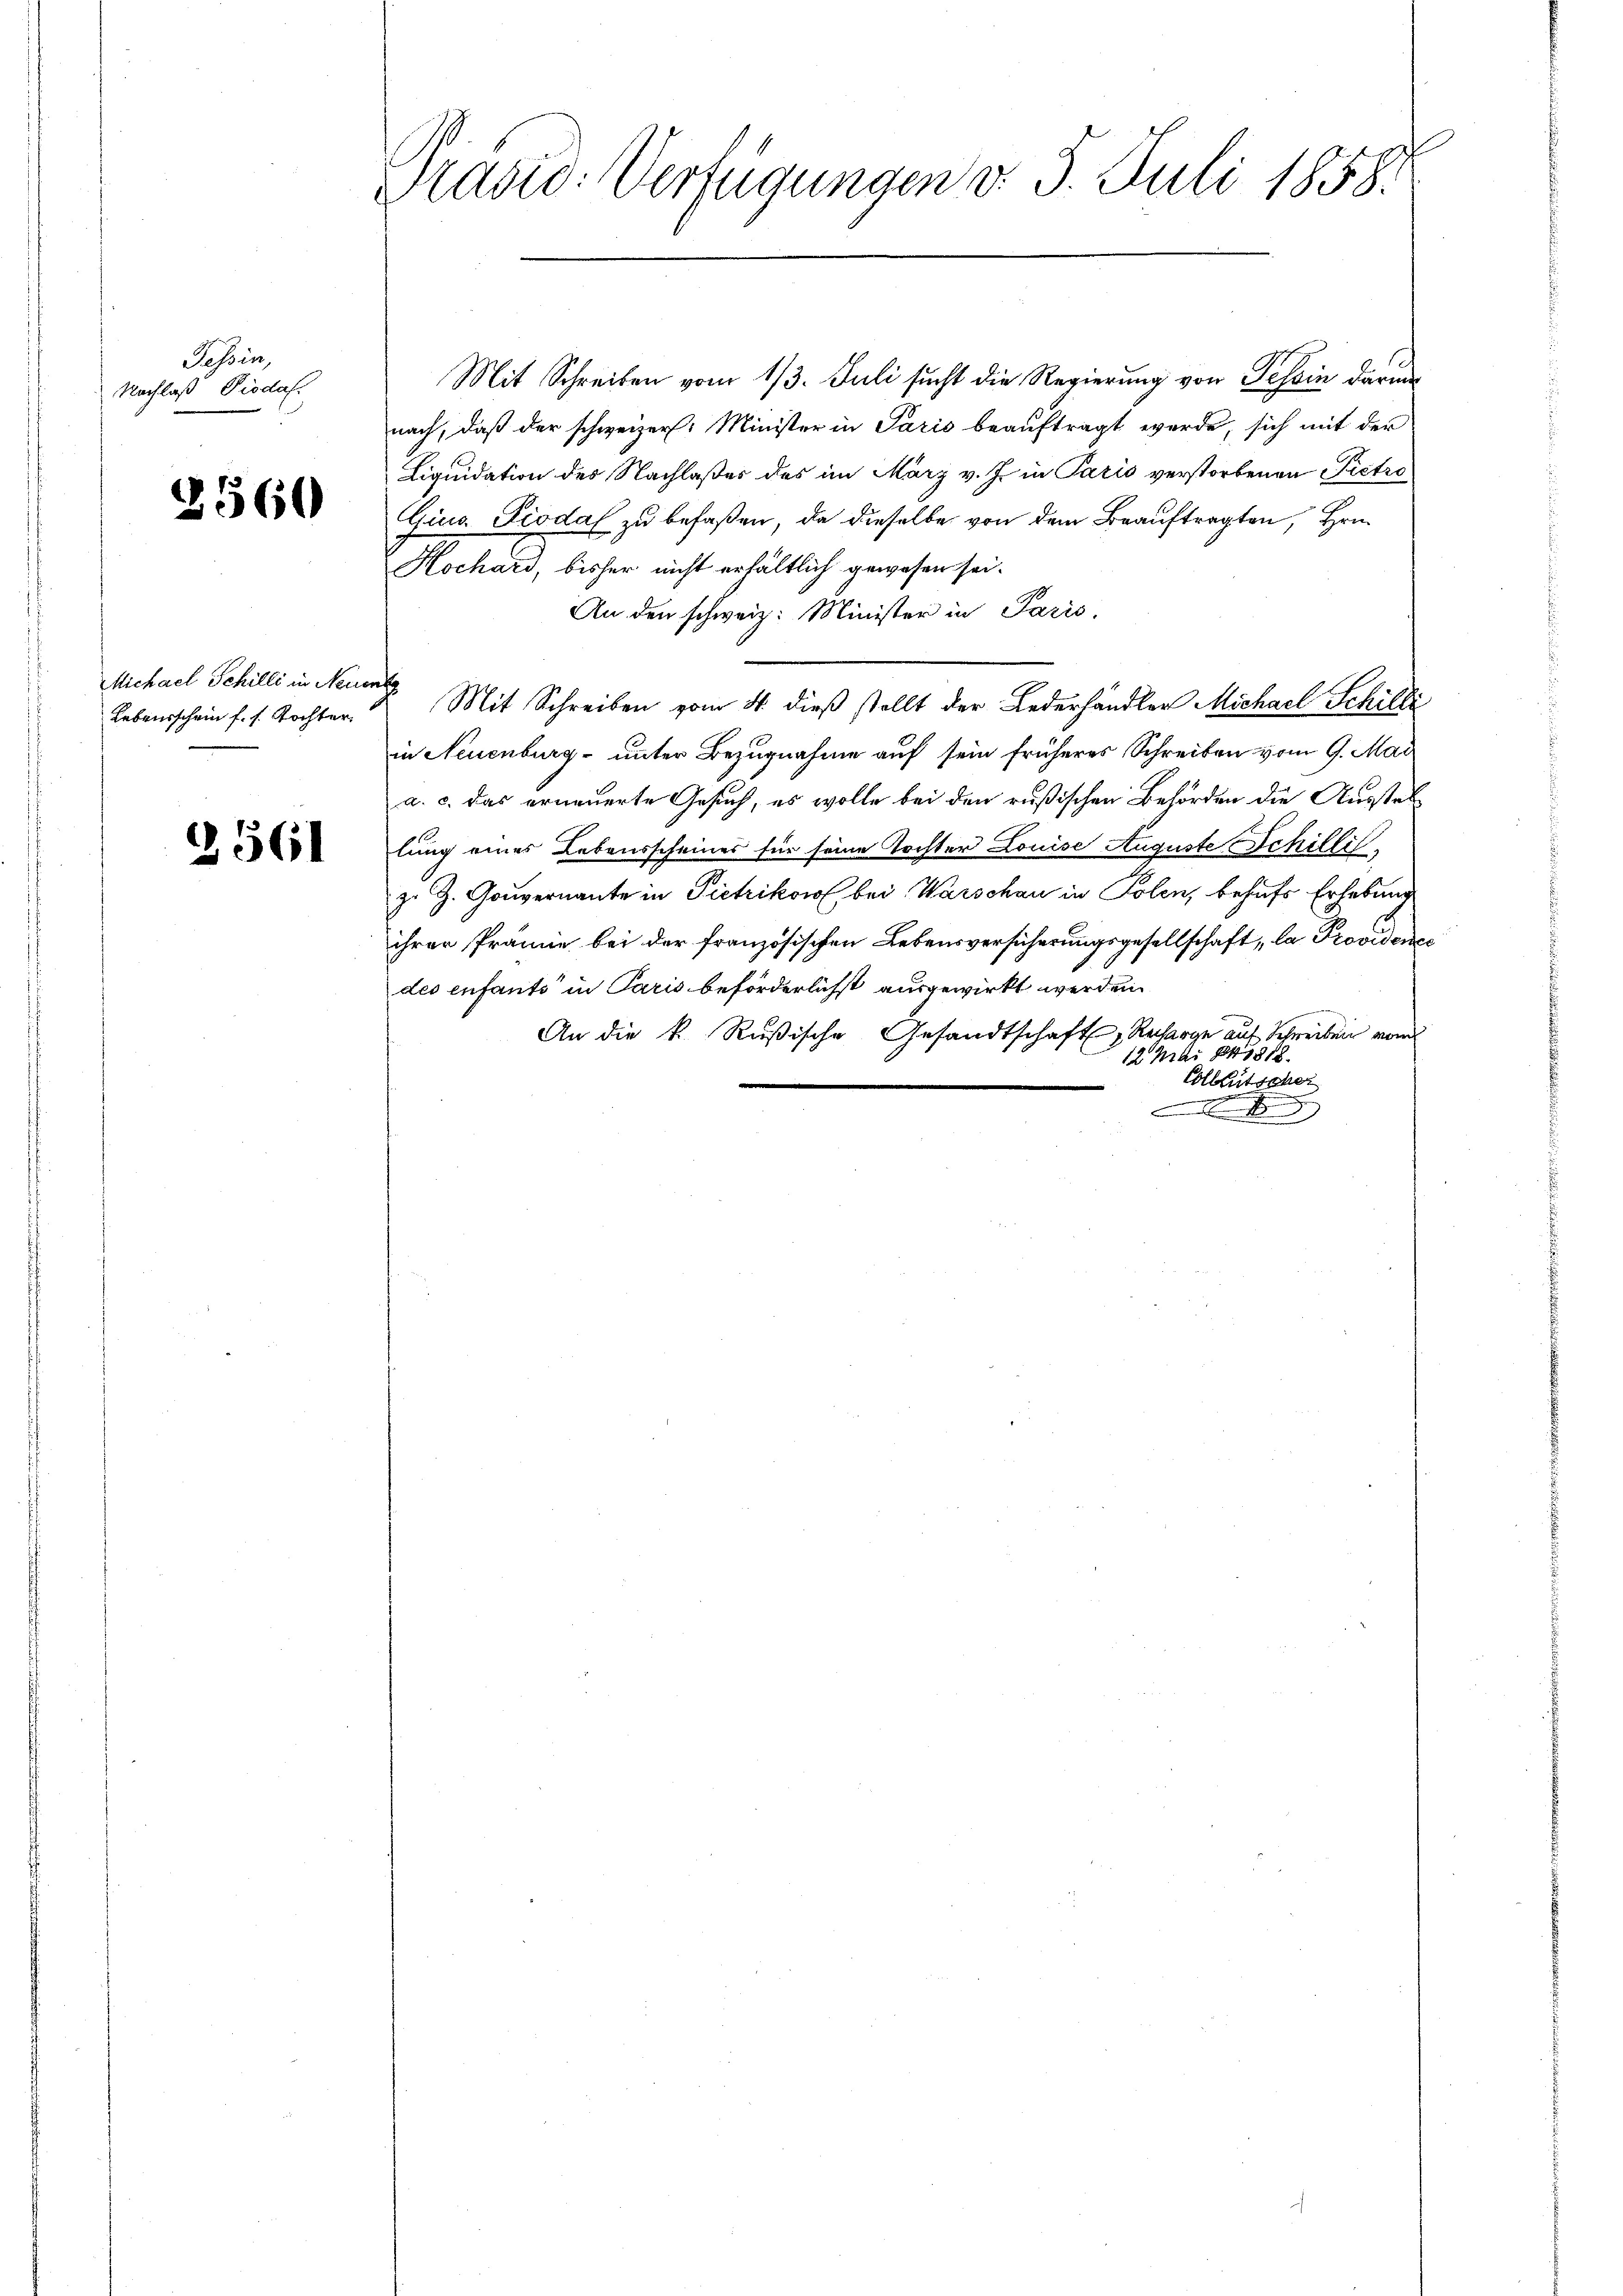
Tessin,
Nachlaß Diodaf.

3560

Michael Schilli in Neue
Lebensschein f. s. Tochter.

2561

Präsid. Verfügungen v. 5. Juli 1858.

Mit Schreiben vom 13. Juli sucht die Regierung von Tessin darum
nach, daß der schweizer. Minister in Paris beauftragt werde, sich mit der
Liquidation des Nachlaßes des im März v. J. in Paris verstorbenen Pietro
Gina Piodal zu befaßen, da dieselbe von dem Beauftragten, Hrn.
Hochard, bisher nicht erhältlich gewesen sei.
An den schweiz. Minister in Paris.
 Mit Schreiben vom 4. dieß stellt der Lederhändler Michael Schilli
in Neuenburg- unter Bezugnahme auf sein früheres Schreiben vom 9. Mai
a. c. das erneuerte Gesuch, es wolle bei den rußischen Behörden die Ausstellung eines Lebensscheines für seine Tochter Louise Auguste Schilliz. Z. Gouvernante in Pietzikon bei Warschau in Polen, behufs Erhebung
ihrer Prämie bei der französischen Lebensversicherungsgesellschaft, la Providence
des enfants in Paris beförderlichst ausgewirkt werden.
An die k. Rußische Gesandtschaft, Recharge auf Schreiben von
12. Mai 841818.
Colleutscher